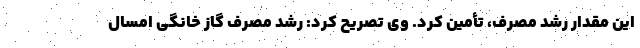
این مقدار رشد مصرف، تأمین کرد. وی تصریح کرد: رشد مصرف گاز خانگی امسال